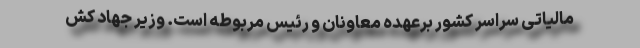
مالیاتی سراسر کشور برعهده معاونان و رئیس مربوطه است. وزیر جهاد کش